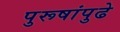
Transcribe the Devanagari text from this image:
पुरूषांपुढे